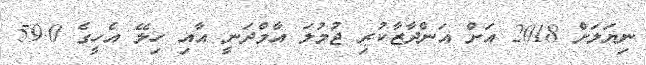
ނިޔަލަށް 2018 އަށް އަންދާޒާކުރި ޖުމުލަ އާމްދަނީ އާއި ހިލޭ އެހީގެ 59.0